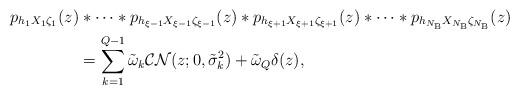
LaTeX: \begin{align*}p_{ h_1X_1 \zeta_1}(z)&* \cdots *p_{ h_{ \xi-1}X_{\xi-1} \zeta_{\xi-1}}(z)*p_{ h_{\xi+1}X_{\xi+1} \zeta_{\xi+1}}(z)*\cdots *p_{ h_{N_\mathrm{B}}X_{N_\mathrm{B}} \zeta_{N_\mathrm{B}}}(z)\\&=\sum\limits_{k=1}^{Q-1}\tilde{\omega}_k\mathcal{CN}(z;0,\tilde{\sigma}_k^2)+\tilde{\omega}_{Q}\delta(z),\end{align*}